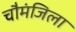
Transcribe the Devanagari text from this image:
चौमंजिला